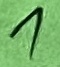
Text: 1